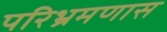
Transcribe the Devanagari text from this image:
परिभ्रमणास